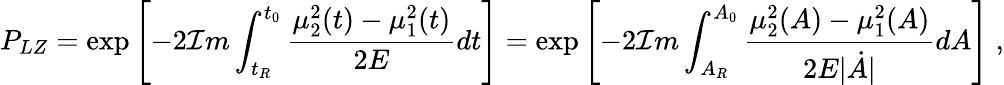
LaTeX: {P_{LZ}}=\exp\left[-2{\cal I}m\int_{t_{R}}^{t_{0}}\frac{{\mu_{2}^{2}(t)}-{\mu_{1}^{2}(t)}}{2E}dt\right]=\exp\left[-2{\cal I}m\int_{A_{R}}^{A_{0}}\frac{{\mu_{2}^{2}(A)}-{\mu_{1}^{2}(A)}}{2E|{\dot{A}}|}dA\right]\; ,